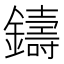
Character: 鑄